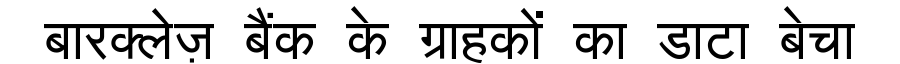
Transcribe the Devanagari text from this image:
बारक्लेज़ बैंक के ग्राहकों का डाटा बेचा